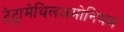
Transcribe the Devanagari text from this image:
टेट्रामेथिलअमोनियम